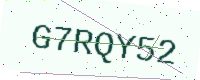
Text: G7RQY52